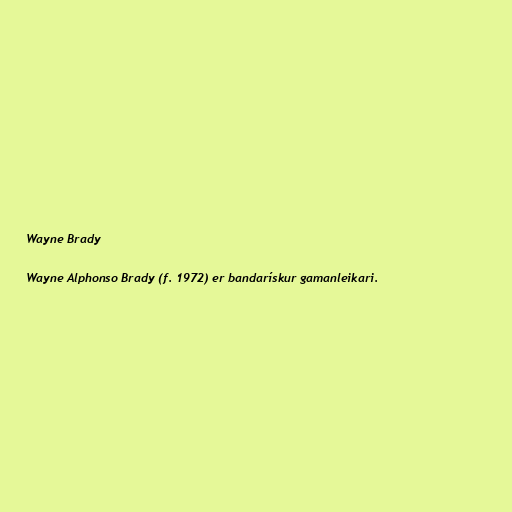
Wayne Brady

Wayne Alphonso Brady (f. 1972) er bandarískur gamanleikari.